Indian journal of veterinary science and animal husbandry - Volumes 24-25, 1954-1955
Year: 1954
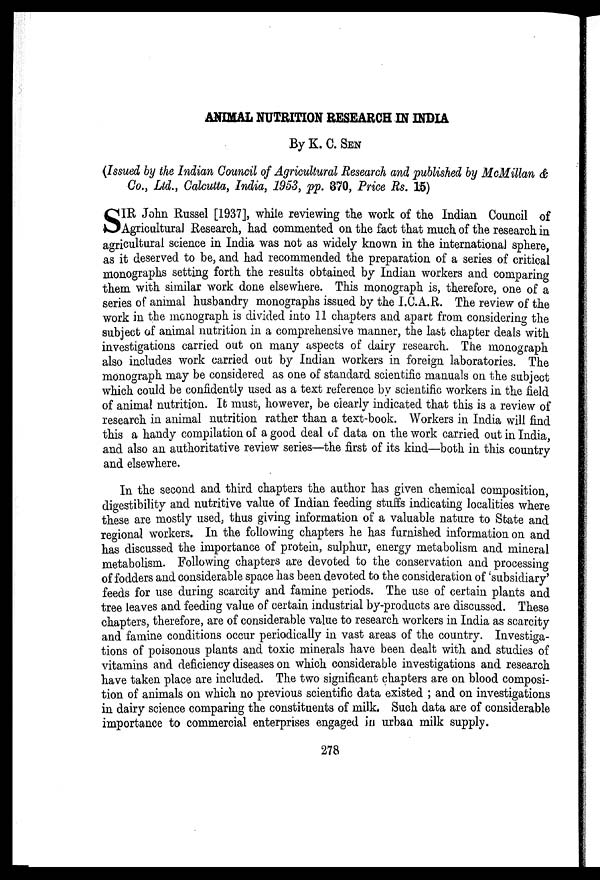
ANIMAL NUTRITION RESEARCH IN INDIA
By K. C. SEN
(Issued by the Indian Council of Agricultural Research and published by McMillan &
Co., Ltd., Calcutta, India, 1953, pp. 370, Price Rs. 15)
S IR John Russel [1937], while reviewing the work of the Indian Council of
Agricultural Research, had commented on the fact that much of the research in
agricultural science in India was not as widely known in the international sphere,
as it deserved to be, and had recommended the preparation of a series of critical
monographs setting forth the results obtained by Indian workers and comparing
them with similar work done elsewhere. This monograph is, therefore, one of a
series of animal husbandry monographs issued by the I.C.A.R. The review of the
work in the monograph is divided into 11 chapters and apart from considering the
subject of animal nutrition in a comprehensive manner, the last chapter deals with
investigations carried out on many aspects of dairy research. The monograph
also includes work carried out by Indian workers in foreign laboratories. The
monograph may be considered as one of standard scientific manuals on the subject
which could be confidently used as a text reference by scientific workers in the field
of animal nutrition. It must, however, be clearly indicated that this is a review of
research in animal nutrition rather than a text-book. Workers in India will find
this a handy compilation of a good deal of data on the work carried out in India,
and also an authoritative review series—the first of its kind—both in this country
and elsewhere.
In the second and third chapters the author has given chemical composition,
digestibility and nutritive value of Indian feeding stuffs indicating localities where
these are mostly used, thus giving information of a valuable nature to State and
regional workers. In the following chapters he has furnished information on and
has discussed the importance of protein, sulphur, energy metabolism and mineral
metabolism. Following chapters are devoted to the conservation and processing
of fodders and considerable space has been devoted to the consideration of 'subsidiary'
feeds for use during scarcity and famine periods. The use of certain plants and
tree leaves and feeding value of certain industrial by-products are discussed. These
chapters, therefore, are of considerable value to research workers in India as scarcity
and famine conditions occur periodically in vast areas of the country. Investiga-
tions of poisonous plants and toxic minerals have been dealt with and studies of
vitamins and deficiency diseases on which considerable investigations and research
have taken place are included. The two significant chapters are on blood composi-
tion of animals on which no previous scientific data existed ; and on investigations
in dairy science comparing the constituents of milk. Such data are of considerable
importance to commercial enterprises engaged in urban milk supply.
278